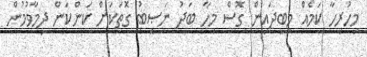
މިހުރިހާ ކަމެއް މިބީދައިން ގޮސް މިހާ ބަދު ނަޞީބު ގޮތަކަށް ކަންކަން ދިމާވުމުން